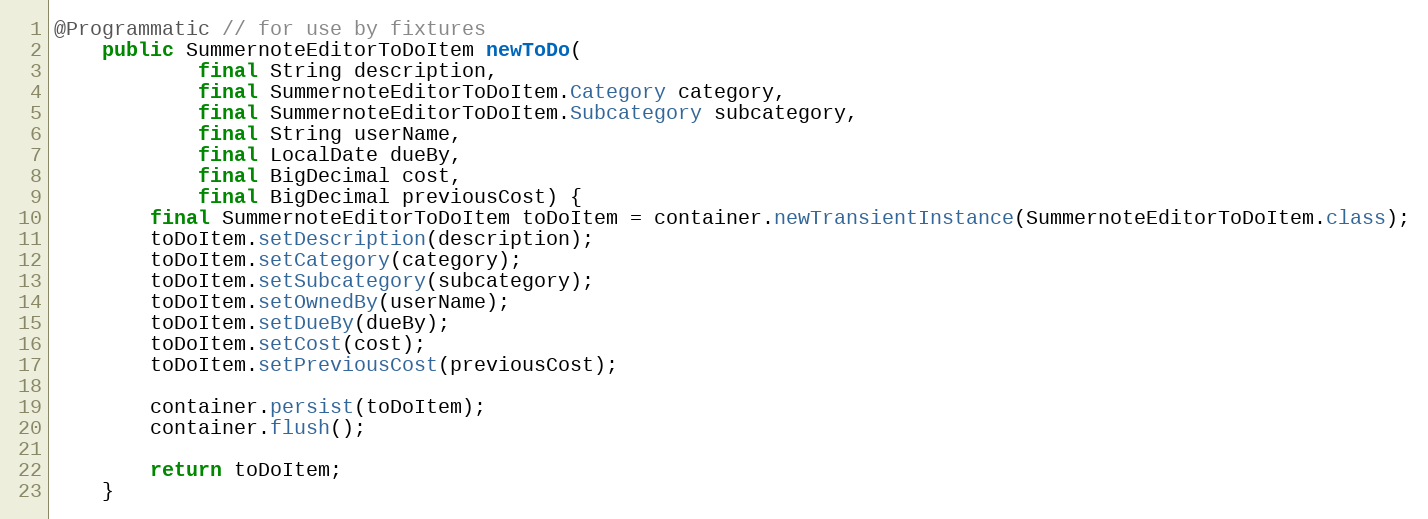
Language: Java
@Programmatic // for use by fixtures
    public SummernoteEditorToDoItem newToDo(
            final String description,
            final SummernoteEditorToDoItem.Category category,
            final SummernoteEditorToDoItem.Subcategory subcategory,
            final String userName,
            final LocalDate dueBy,
            final BigDecimal cost,
            final BigDecimal previousCost) {
        final SummernoteEditorToDoItem toDoItem = container.newTransientInstance(SummernoteEditorToDoItem.class);
        toDoItem.setDescription(description);
        toDoItem.setCategory(category);
        toDoItem.setSubcategory(subcategory);
        toDoItem.setOwnedBy(userName);
        toDoItem.setDueBy(dueBy);
        toDoItem.setCost(cost);
        toDoItem.setPreviousCost(previousCost);

        container.persist(toDoItem);
        container.flush();

        return toDoItem;
    }